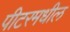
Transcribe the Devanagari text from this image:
पीटरमधील